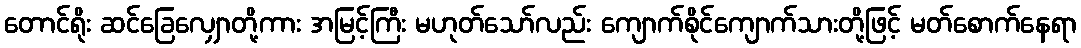
တောင်ရိုး ဆင်ခြေလျှောတို့ကား အမြင့်ကြီး မဟုတ်သော်လည်း ကျောက်စိုင်ကျောက်သားတို့ဖြင့် မတ်စောက်နေရာ